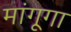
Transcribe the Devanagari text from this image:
मांगूगा